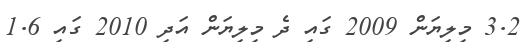
3.2 މިލިޔަން 2009 ގައި ދެ މިލިޔަން އަދި 2010 ގައި 1.6